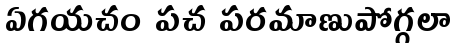
ఏగయచం పచ పరమాణుపోగ్గలా